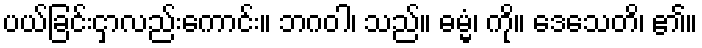
ပယ်ခြင်းငှာလည်းကောင်း။ ဘဂဝါ၊ သည်။ ဓမ္မံ၊ ကို။ ဒေသေတိ၊ ၏။